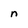
Character: n